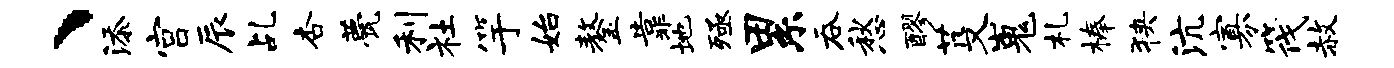
、添宫辰乩杏甍利社竽始鏊靠地殛累吞愁醪芟嵬札榛狭沆寡筏赦